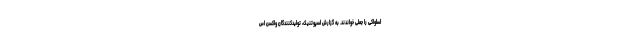
اسلواکی را جعلی خواندند. به گزارش اسپوتنیک، تولیدکنندگان واکسن اس